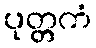
ပုတ္တကံ